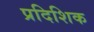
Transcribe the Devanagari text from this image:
प्रदिशिक